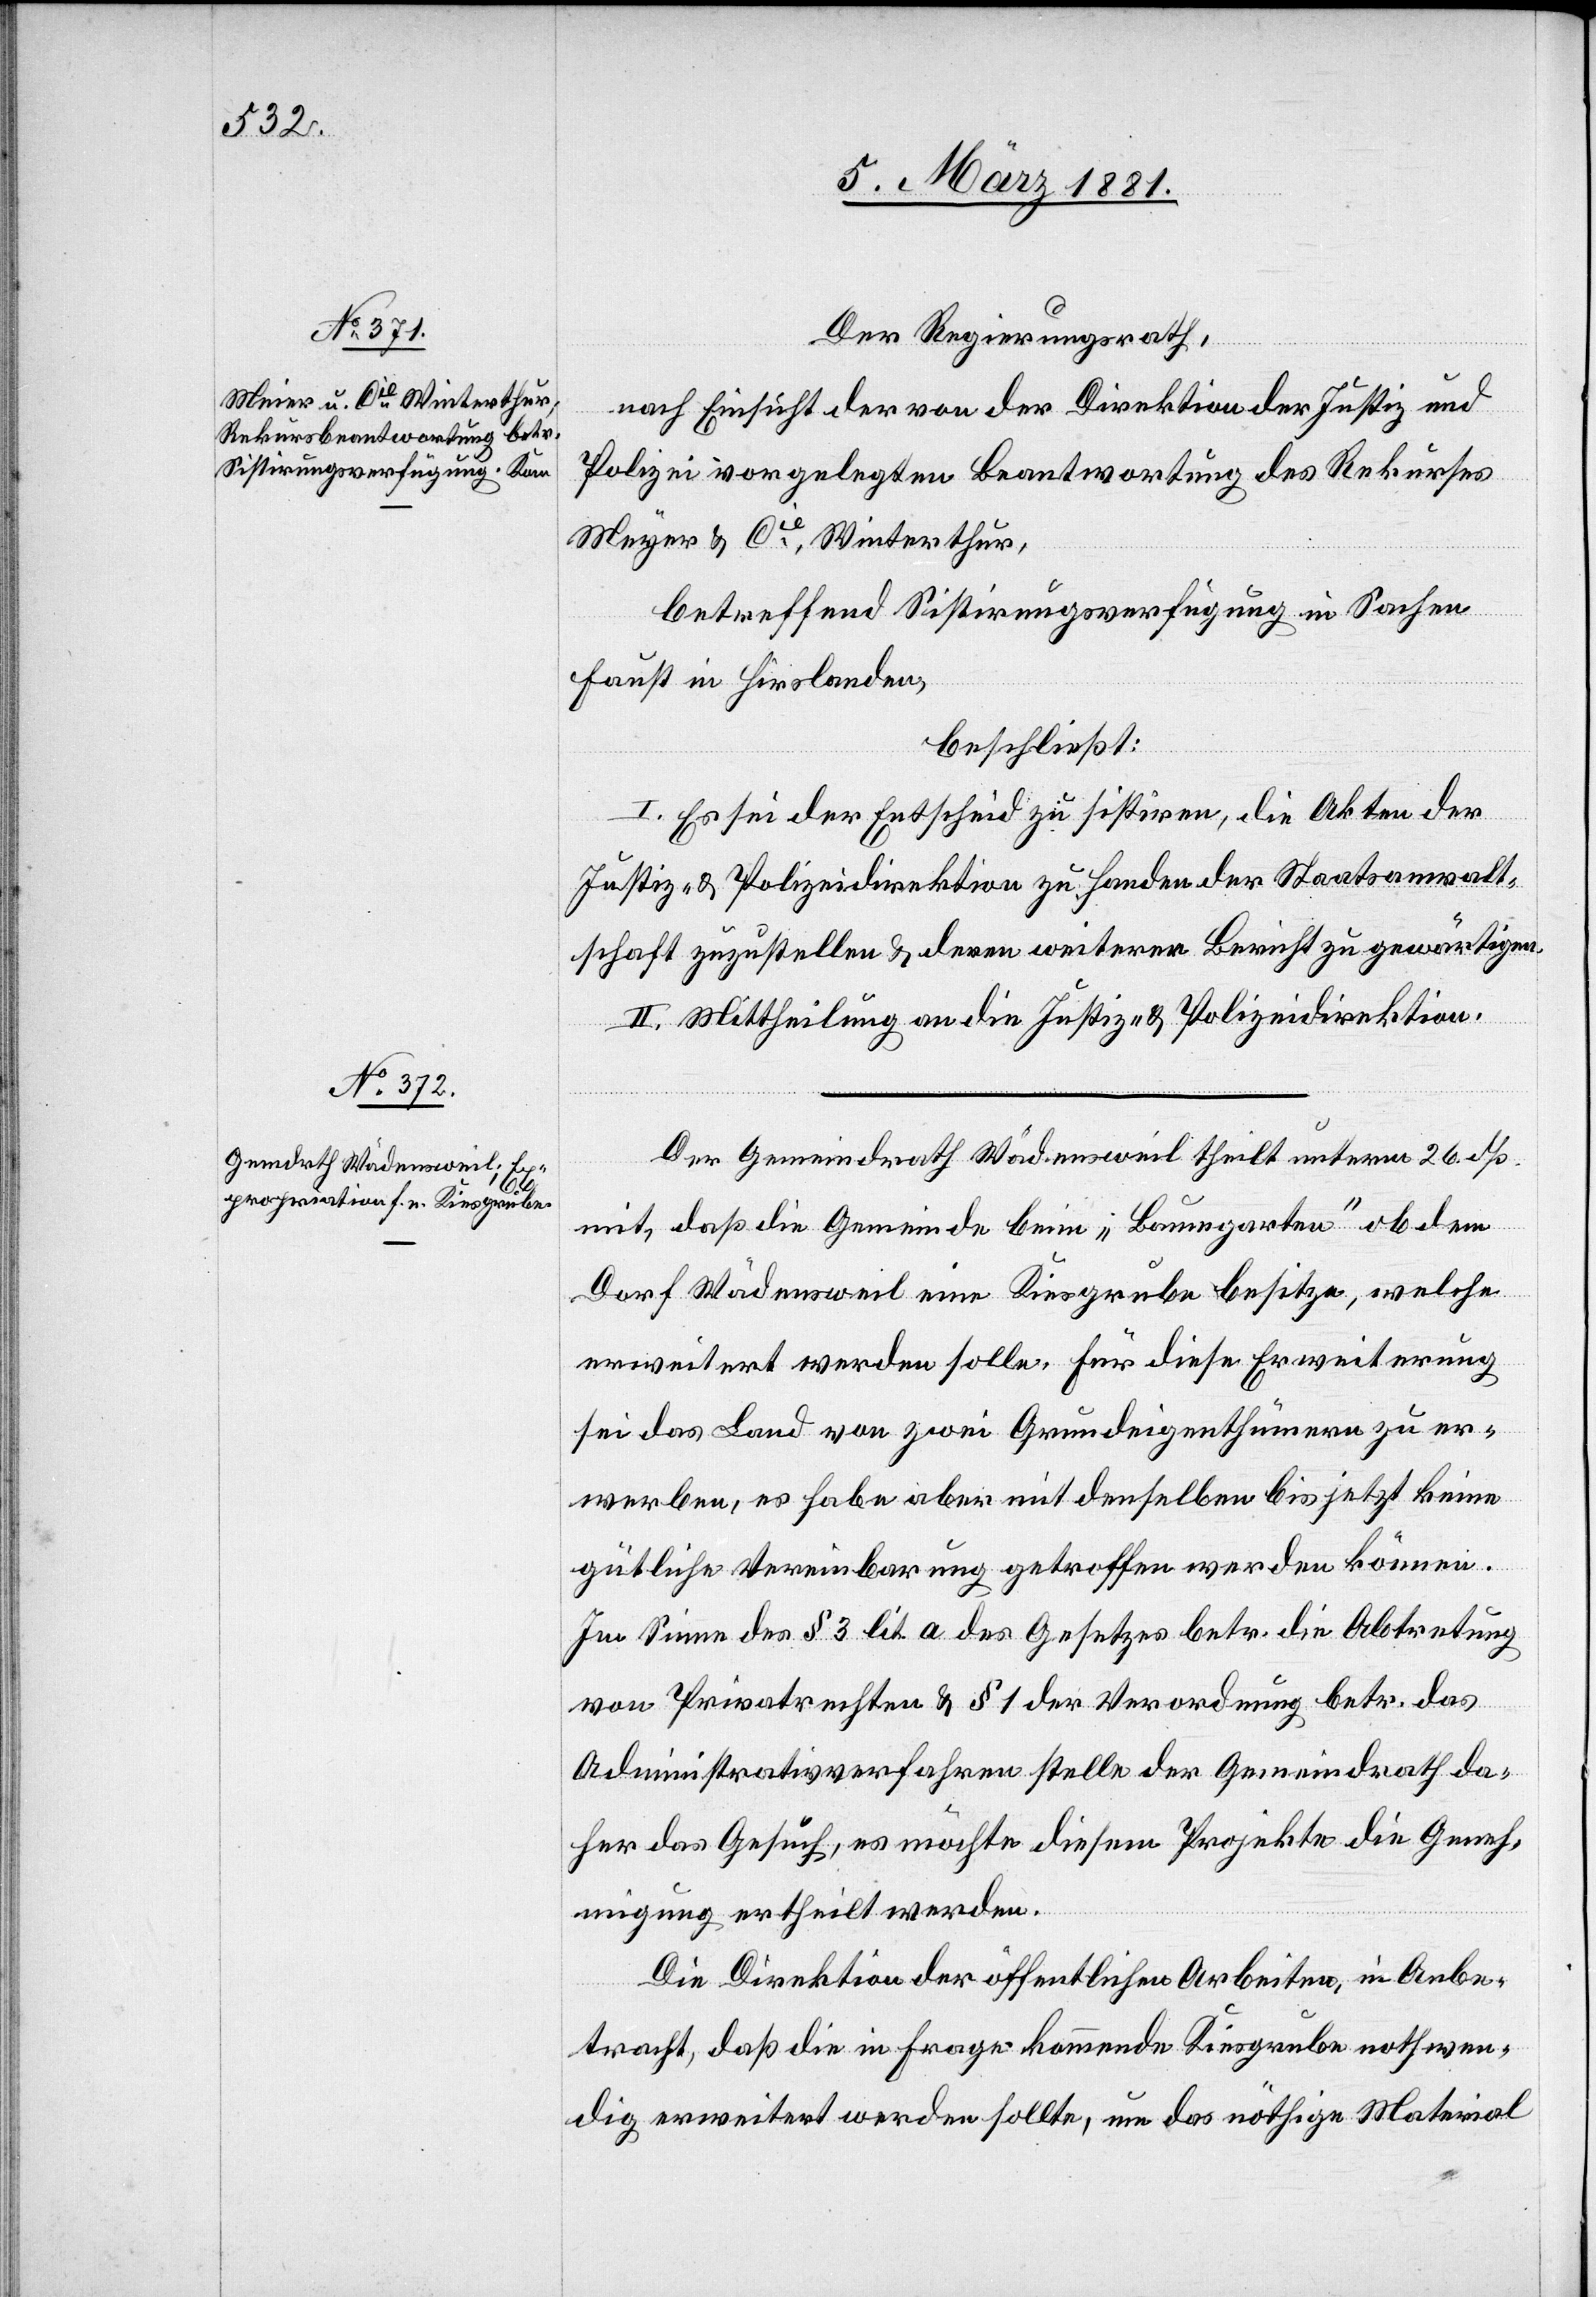
Der Regierungsrath,
nach Einsicht der von der Direktion der Justiz und
Polizei vorgelegten Beantwortung des Rekurses
Meyer & Cie Winterthur,
betreffend Sistirungsverfügung in Sachen
Faust in Hirslanden,
beschließt:
I. Es sei der Entscheid zu sistiren, die Akten der
Justiz- & Polizeidirektion zu Handen der Staatsanwalt¬
schaft zuzustellen & deren weiteren Bericht zu gewärtigen.
II. Mittheilung an die Justiz- & Polizeidirektion.
Der Gemeindrath Wädensweil theilt unterm 26. dß.
mit, daß die Gemeinde beim „Baumgarten“ ob dem
Dorf Wädensweil eine Kiesgrube besitze, welche
erweitert werden solle. Für diese Erweiterung
sei das Land von zwei Grundeigenthümern zu er¬
werben, es habe aber mit denselben bis jetzt keine
gütliche Vereinbarung getroffen werden können.
Im Sinne des § 3 lit. a des Gesetzes betr. die Abtretung
von Privatrechten & § 1 der Verordnung betr. das
Administrativverfahren stelle der Gemeindrath da¬
her das Gesuch, es möchte diesem Projekte die Geneh¬
migung ertheilt werden.
Die Direktion der öffentlichen Arbeiten, in Anbe¬
tracht, daß die in Frage kommende Kiesgrube nothwen¬
dig erweitert werden sollte, um das nöthige Material